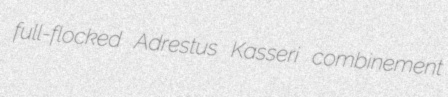
full-flocked Adrestus Kasseri combinement